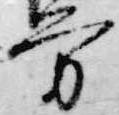
方